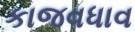
કાજવધાવ